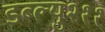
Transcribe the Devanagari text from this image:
डब्ल्यु२११